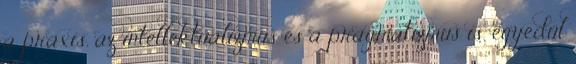
a praxis, az intellektualizmus és a pragmatizmus is, egyedül